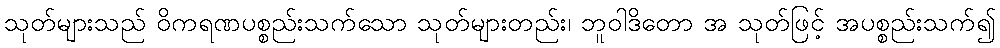
သုတ်များသည် ဝိကရဏပစ္စည်းသက်သော သုတ်များတည်း၊ ဘူဝါဒိတော အ သုတ်ဖြင့် အပစ္စည်းသက်၍